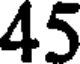
45